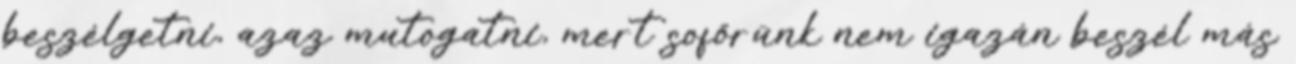
beszélgetni, azaz mutogatni, mert sofőrünk nem igazán beszél más